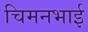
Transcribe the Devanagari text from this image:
चिमनभाई